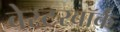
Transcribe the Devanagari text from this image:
वेस्टरबॉर्क